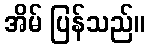
အိမ် ပြန်သည်။